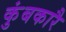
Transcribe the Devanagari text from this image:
कुंबकारै